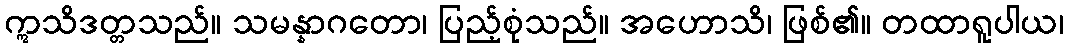
ဣသိဒတ္တသည်။ သမန္နာဂတော၊ ပြည့်စုံသည်။ အဟောသိ၊ ဖြစ်၏။ တထာရူပါယ၊